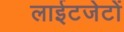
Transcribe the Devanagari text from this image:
लाईटजेटों